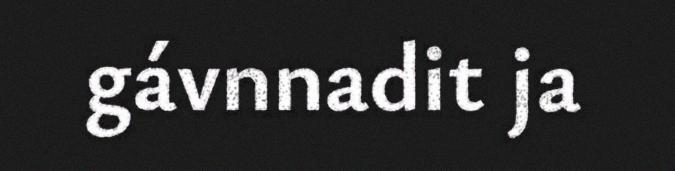
gávnnadit ja